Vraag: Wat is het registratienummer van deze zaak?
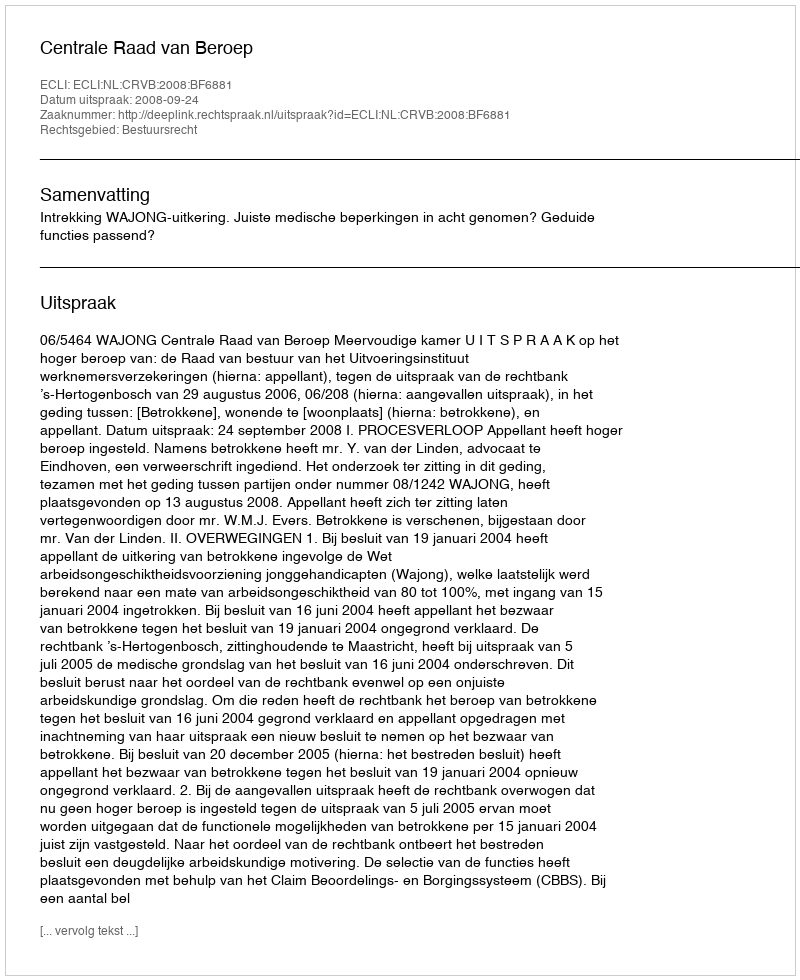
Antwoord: http://deeplink.rechtspraak.nl/uitspraak?id=ECLI:NL:CRVB:2008:BF6881